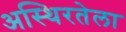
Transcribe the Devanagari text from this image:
अस्थिरतेला